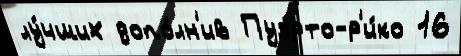
лу́чших допо́лн'ив Пуэ́рто-р'и́ко 16